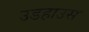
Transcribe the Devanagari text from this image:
उडहाउस